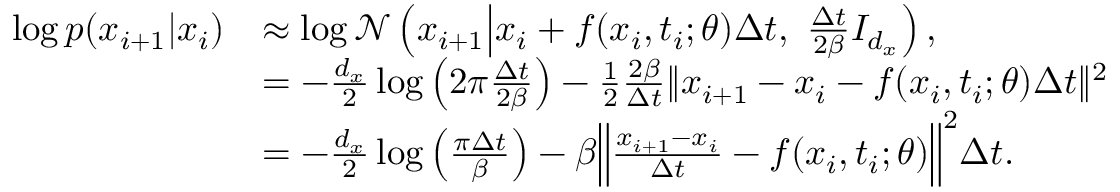
\begin{array} { r l } { \log p ( x _ { i + 1 } | x _ { i } ) } & { \approx \log \mathcal { N } \left( x _ { i + 1 } \middle | x _ { i } + f ( x _ { i } , t _ { i } ; \theta ) \Delta t , \ \frac { \Delta t } { 2 \beta } I _ { d _ { x } } \right) , } \\ & { = - \frac { d _ { x } } { 2 } \log \left( 2 \pi \frac { \Delta t } { 2 \beta } \right) - \frac { 1 } { 2 } \frac { 2 \beta } { \Delta t } \Vert x _ { i + 1 } - x _ { i } - f ( x _ { i } , t _ { i } ; \theta ) \Delta t \Vert ^ { 2 } } \\ & { = - \frac { d _ { x } } { 2 } \log \left( \frac { \pi \Delta t } { \beta } \right) - \beta \Big \Vert \frac { x _ { i + 1 } - x _ { i } } { \Delta t } - f ( x _ { i } , t _ { i } ; \theta ) \Big \Vert ^ { 2 } \Delta t . } \end{array}